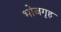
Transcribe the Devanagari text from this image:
भोजगृह